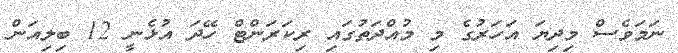
ނަމަވެސް މިދިޔަ އަހަރުގެ މި މުއްދަތުގައި ރިކަރަންޓް ހޭދަ އުޅެނީ 12 ބިލިއަން